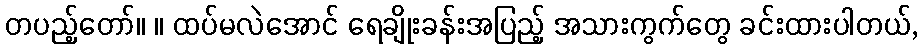
တပည့်တော်။ ။ ထပ်မလဲအောင် ရေချိုးခန်းအပြည့် အသားကွက်တွေ ခင်းထားပါတယ်,